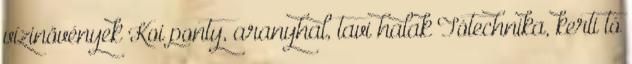
vízinövények Koi ponty, aranyhal, tavi halak Tótechnika, kerti tó